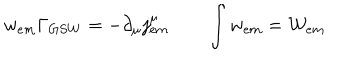
LaTeX: w _ { e m } \Gamma _ { G S W } = - \partial _ { \mu } j _ { e m } ^ { \mu } \qquad \int w _ { e m } = { \cal { W } } _ { e m } \nonumber { } \,